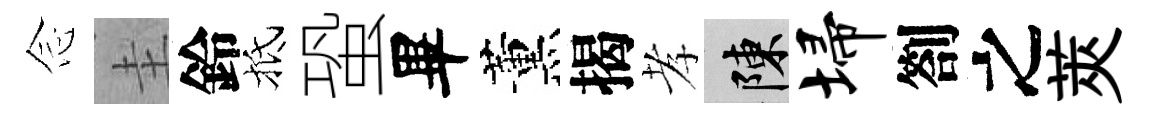
𫝹圭鈴抵蛩畢薰揭孝陳埽劄之莢